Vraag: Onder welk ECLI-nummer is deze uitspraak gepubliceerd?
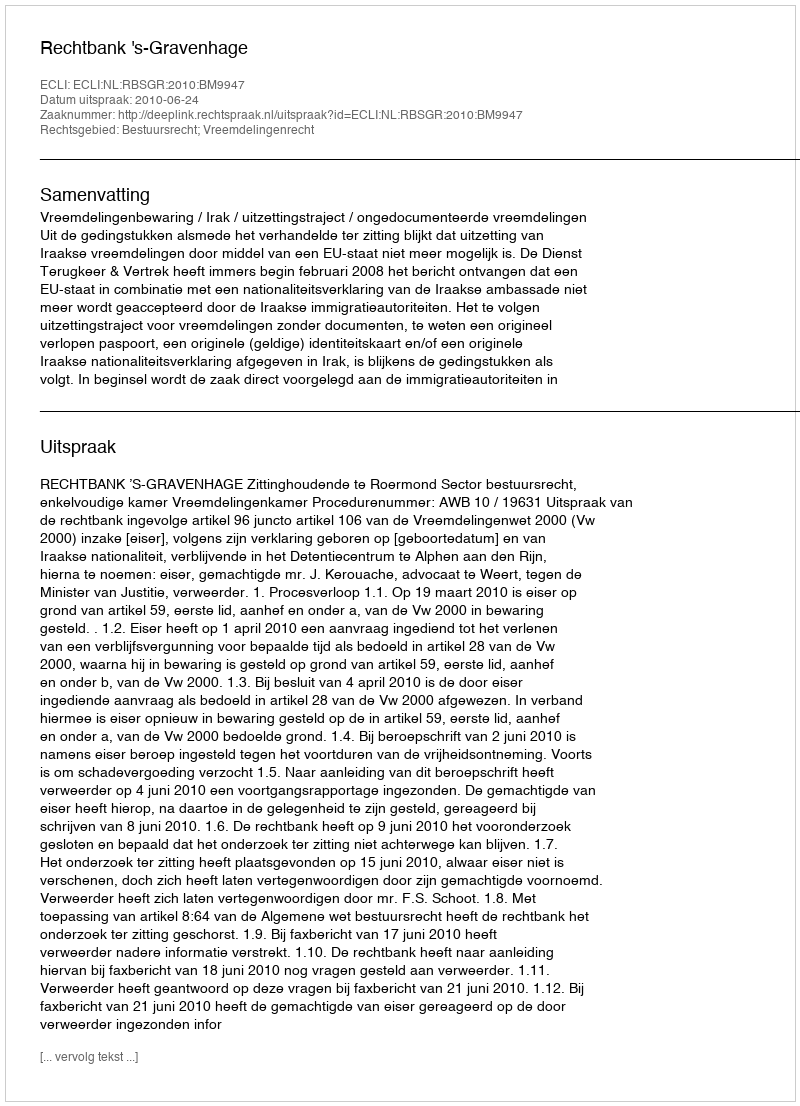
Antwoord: ECLI:NL:RBSGR:2010:BM9947